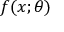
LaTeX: f ( x ; { \boldsymbol { \theta } } )